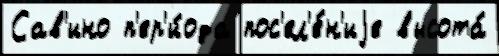
Сав'ино п'ер'и́ода пос'ел'е́н'иjе высота́